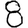
Digit: 8